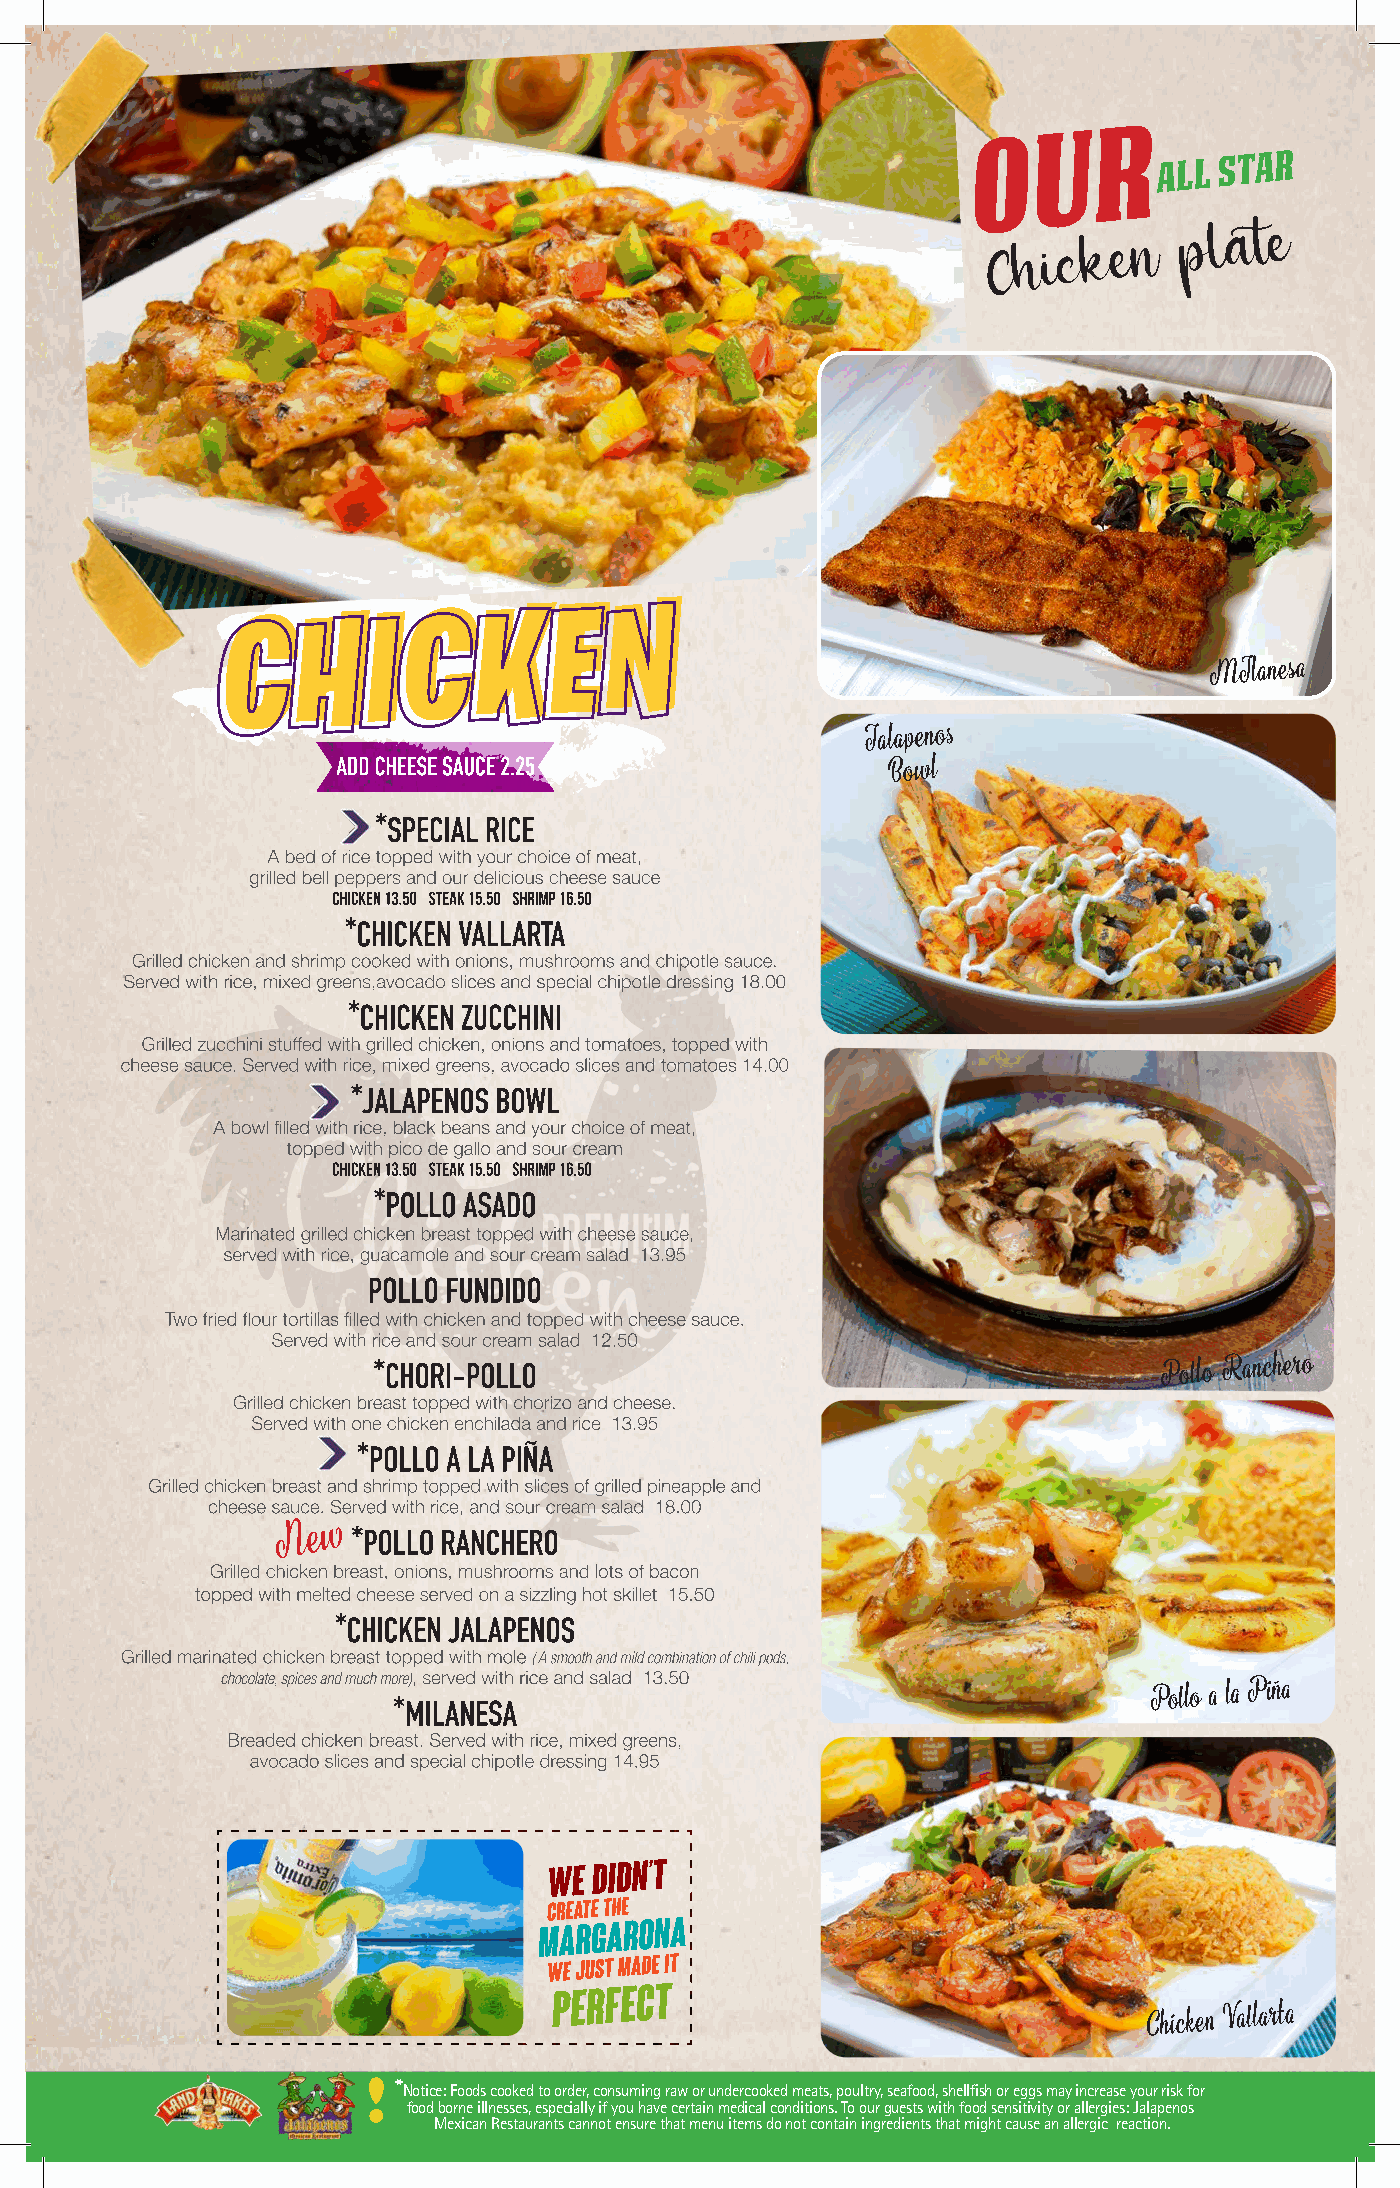
! *
 Notice: Foods cooked to order, consuming raw or undercooked meats, poultry, seafood, shellfish or eggs may increase your risk for
 food borne illnesses, especially if you have certain medical conditions. To our guests with food sensitivity or allergies: Jalapenos
 Mexican Restaurants cannot ensure that menu items do not contain ingredients that might cause an allergic reaction.